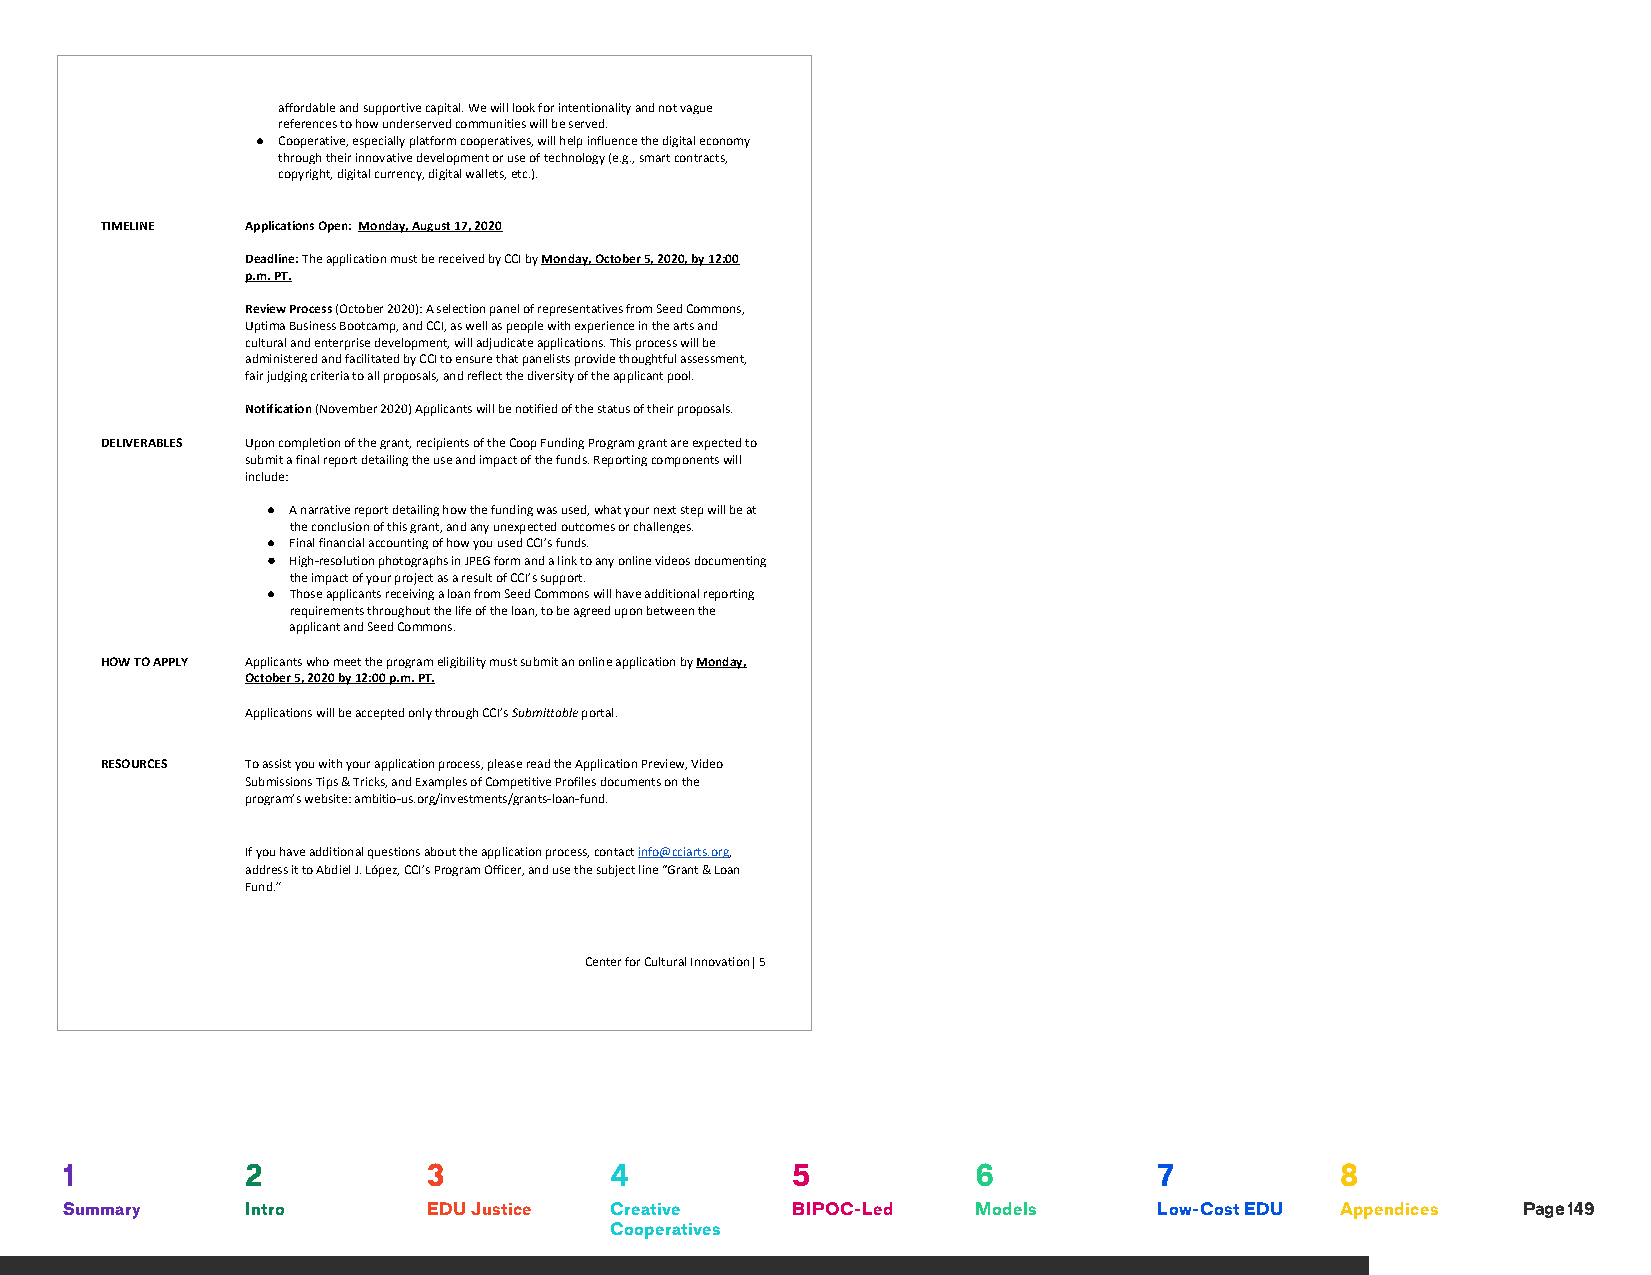
affordable and supportive capital. We will look for intentionality and not vague
 references to how underserved communities will be served.
 ● Cooperative, especially platform cooperatives, will help influence the digital economy
 through their innovative development or use of technology (e.g., smart contracts,
 copyright, digital currency, digital wallets, etc.).
 TIMELINE Applications Open: Monday, August 17, 2020
 ​​
 Deadline: The application must be received by CCI by Monday, October 5, 2020, by 12:00
 ​               ​
 p.m. PT.
 Review Process (October 2020): A selection panel of representatives from Seed Commons,
 ​
 Uptima Business Bootcamp, and CCI, as well as people with experience in the arts and
 cultural and enterprise development, will adjudicate applications. This process will be
 administered and facilitated by CCI to ensure that panelists provide thoughtful assessment,
 fair judging criteria to all proposals, and reflect the diversity of the applicant pool.
 Notification (November 2020) Applicants will be notified of the status of their proposals.
 ​
 DELIVERABLES Upon completion of the grant, recipients of the Coop Funding Program grant are expected to
 submit a final report detailing the use and impact of the funds. Reporting components will
 include:
 ● A narrative report detailing how the funding was used, what your next step will be at
 the conclusion of this grant, and any unexpected outcomes or challenges.
 ● Final financial accounting of how you used CCI’s funds.
 ● High-resolution photographs in JPEG form and a link to any online videos documenting
 the impact of your project as a result of CCI’s support.
 ● Those applicants receiving a loan from Seed Commons will have additional reporting
 requirements throughout the life of the loan, to be agreed upon between the
 applicant and Seed Commons.
 HOW TO APPLY Applicants who meet the program eligibility must submit an online application by Monday,
 ​
 October 5, 2020 by 12:00 p.m. PT.
 Applications will be accepted only through CCI’s Submittable portal.
 ​   ​
 RESOURCES To assist you with your application process, please read the Application Preview, Video
 ​​
 Submissions Tips & Tricks, and Examples of Competitive Profiles documents on the
 program’s website: ambitio-us.org/investments/grants-loan-fund.
 ​​
 If you have additional questions about the application process, contact info@cciarts.org,
 ​     ​
 address it to Abdiel J. López, CCI’s Program Officer, and use the subject line “Grant & Loan
 Fund.”
 Center for Cultural Innovation| 5
 1           2           3           4           5            6           7           8
 Summary     Intro       EDU Justice Creative    BIPOC-Led    Models      Low-Cost EDU Appendices Page 149
 Cooperatives